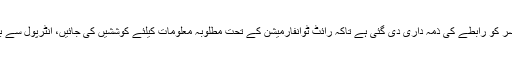
اس حوالے سے واشنگٹن میں سفارتخانے کے سینئرافسر کو رابطے کی ذمہ داری دی گئی ہے تاکہ رائٹ ٹوانفارمیشن کے تحت مطلوبہ معلومات کیلئے کوششیں کی جائیں، انٹرپول سے بھی ملوث ملزمان کی نشاندہی میں مدد کا کہا گیا ہے۔